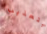
بتعذيب